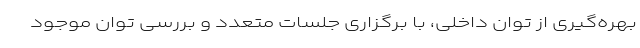
بهره‌گیری از توان داخلی، با برگزاری جلسات متعدد و بررسی توان موجود